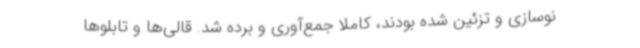
نوسازی و تزئین شده بودند، کاملا جمع‌آوری و برده شد. قالی‌ها و تابلوها